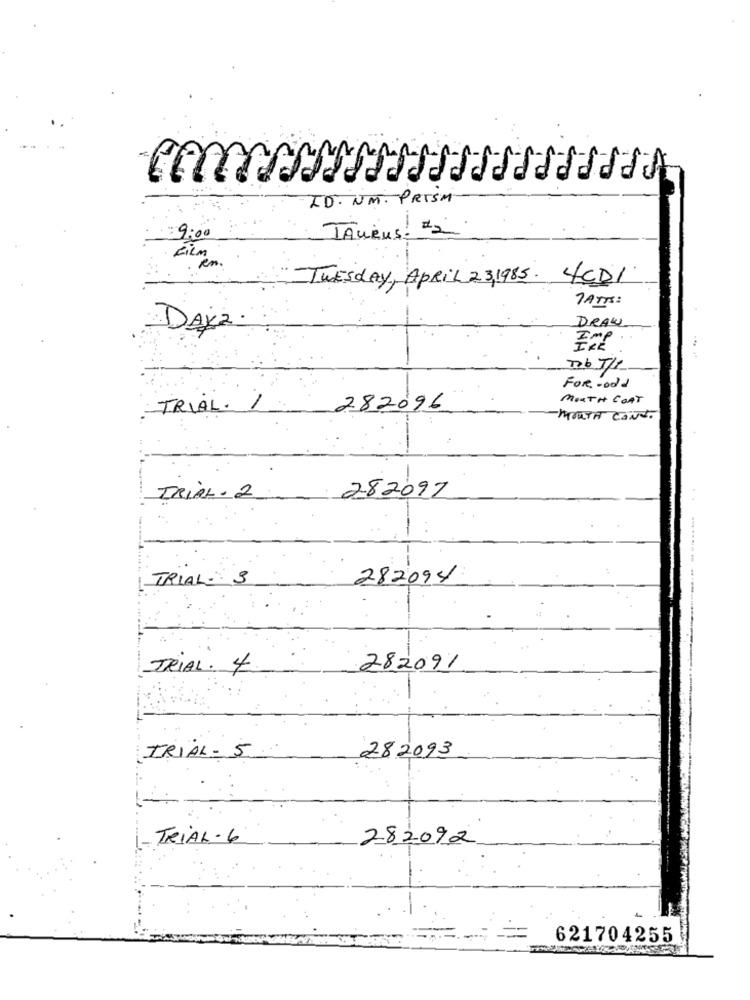
A
ID. UM. PRISM
TAURUS. = 2
9:00
FILM
Tuesday, APRIL 23,1985.
4CDI
TATT:
DAY2.
DRAW
FOR - odd
MOUTH COAT
TRIAL. /
282096
-MOUTH CONT.
282097
TRIAL- 2
TRIAL: 3
282094
TRIAL . 4
282091
TRIAL- 5
282093
TRIAL-6
282092
621704255